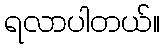
ရလာပါတယ်။